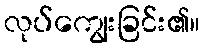
လုပ်ကျွေးခြင်း၏။